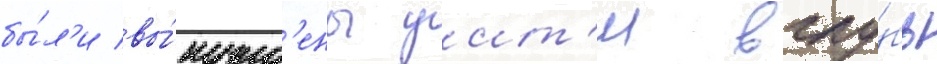
бы́л'и вы́нужд'ены уит'и вглу́бь